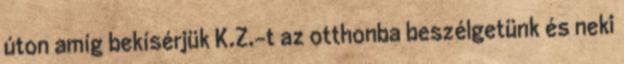
úton amíg bekísérjük K.Z.-t az otthonba beszélgetünk és neki